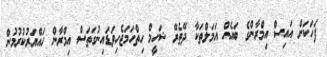
ފަހަކަށް އައިސް އިމްރާންގެ ބައެއް އަމަލްތަކާ ދޭތެރޭ ޝަހީމް ހިތްހަމަޖެހިވަޑައިނުގަތަސް އިމްރާން ހައްޔަރުކުރުމުން